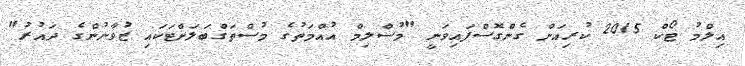
އިލްމު ޓޯކް 2015 ކުރިއަށް ގެންގޮސްފައިވަނީ "މުސްލިމް އުއްމަތުގެ މުސްތަގްބަލަށްޓަކައި ޒުވާނުންގެ ދައުރު"